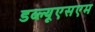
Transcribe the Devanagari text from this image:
डब्ल्यूएसएम